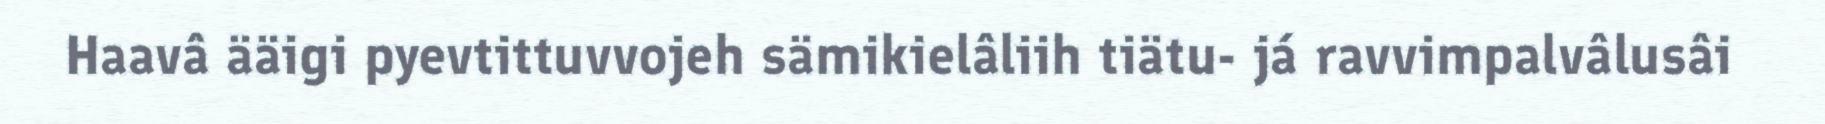
Haavâ ääigi pyevtittuvvojeh sämikielâliih tiätu- já ravvimpalvâlusâi